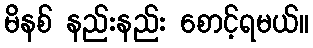
မိနစ် နည်းနည်း စောင့်ရမယ်။